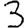
Digit: 3